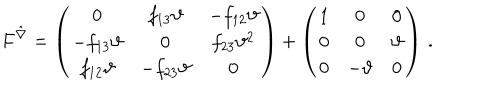
F ^ { \hat { \nabla } } = \left( \begin{array} { c c c } { { 0 } } & { { f _ { 1 3 } \vartheta } } & { { - f _ { 1 2 } \vartheta } } \\ { { - f _ { 1 3 } \vartheta } } & { { 0 } } & { { f _ { 2 3 } \vartheta ^ { 2 } } } \\ { { f _ { 1 2 } \vartheta } } & { { - f _ { 2 3 } \vartheta } } & { { 0 } } \\ \end{array} \right) + \left( \begin{array} { c c c } { { 1 } } & { { 0 } } & { { 0 } } \\ { { 0 } } & { { 0 } } & { { \vartheta } } \\ { { 0 } } & { { - \vartheta } } & { { 0 } } \\ \end{array} \right) \, .